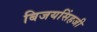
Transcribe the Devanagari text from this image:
बिजयसिंहजी